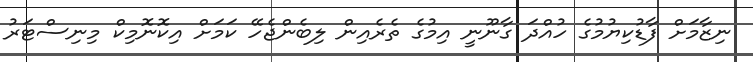
ނިޒާމަށް ފާޑުކިޔުމުގެ ހުއްދަ ގާނޫނީ އިމުގެ ތެރެއިން ލިބެންޖެހޭ ކަމަށް އިކޮނޮމިކް މިނިސްޓަރު